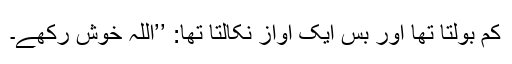
کم بولتا تھا اور بس ایک آواز نکالتا تھا: ’’اللہ خوش رکھے۔